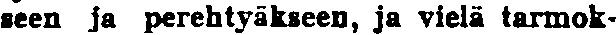
seen ja perehtyäkseen, ja vielä tarmok-